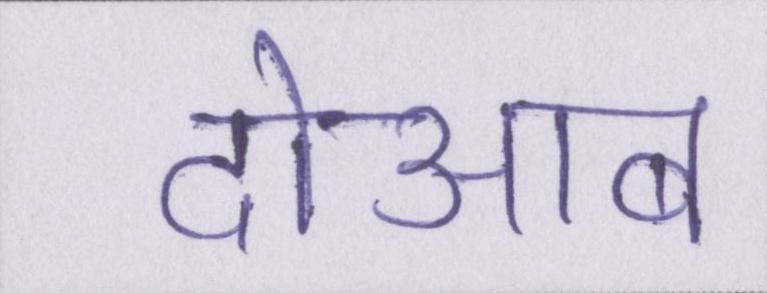
दोआब